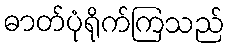
ဓာတ်ပုံရိုက်ကြသည်